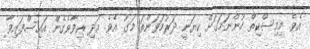
އެވެ. މިމިސްކިތް ހުންނަމަގަށް ކިޔަނީ ދަރުމަވަންތަ މަގު އެވެ. އަދި ރިވާވެގެން އައިސްފައިވާ